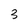
Character: 3